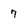
Character: 7